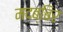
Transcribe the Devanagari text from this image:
मदब्बिर